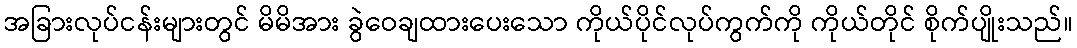
အခြားလုပ်ငန်းများတွင် မိမိအား ခွဲဝေချထားပေးသော ကိုယ်ပိုင်လုပ်ကွက်ကို ကိုယ်တိုင် စိုက်ပျိုးသည်။